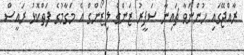
ރާއްޖޭގައި ހުންނަވާ ޗައިނާ ސަފީރު ޒަންގް ލިޒޯންގް އެ މަގާމުގެ ފަތްކޮޅު ރައީސް